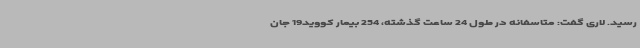
رسید. لاری گفت: متاسفانه در طول 24 ساعت گذشته، 254 بیمار کووید19 جان